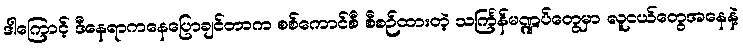
ဒါကြောင့် ဒီနေရာကနေပြောချင်တာက စစ်ကောင်စီ စီစဉ်ထားတဲ့ သင်္ကြန်မဏ္ဍပ်တွေမှာ လူငယ်တွေအနေနဲ့